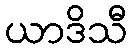
ယာဒိသီ